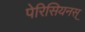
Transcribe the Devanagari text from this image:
पेरिसियनस्